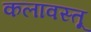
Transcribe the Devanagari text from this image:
कलावस्तू